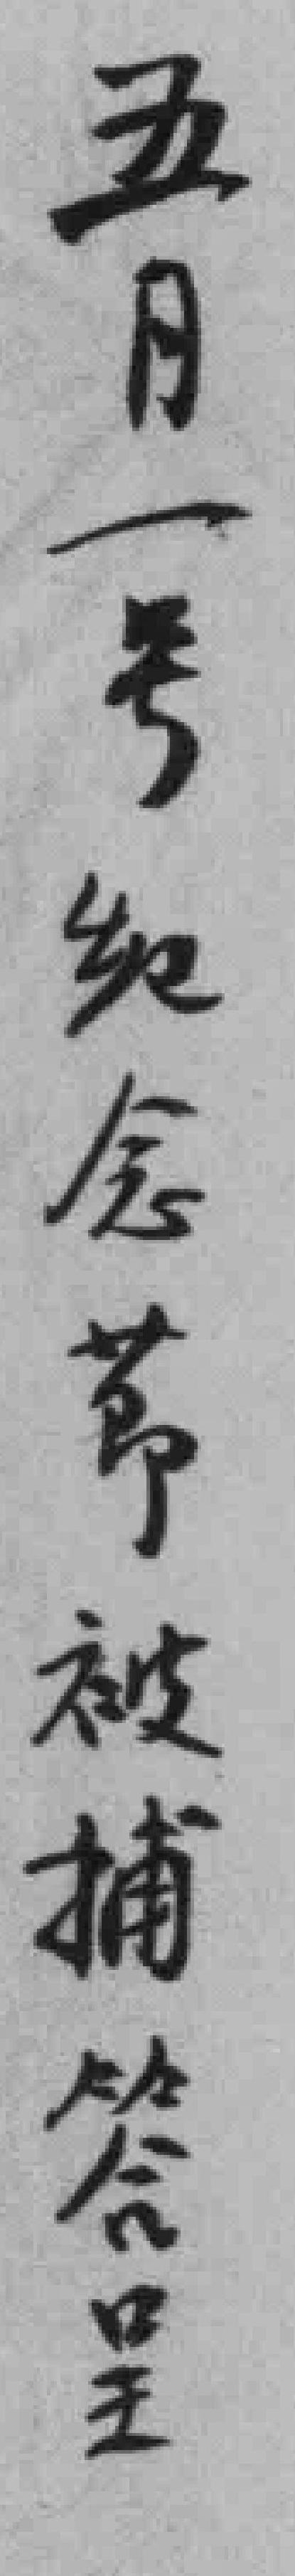
五月一号纪念節被捕答呈